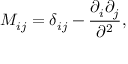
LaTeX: M _ { i j } = \delta _ { i j } - { \frac { \partial _ { i } \partial _ { j } } { \partial ^ { 2 } } } ,